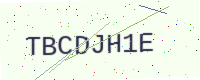
Text: TBCDJH1E